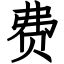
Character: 费